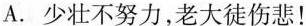
A.少壮不努力，老大徒伤悲！